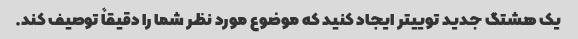
یک هشتگ جدید توییتر ایجاد کنید که موضوع مورد نظر شما را دقیقاً توصیف کند.